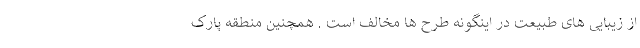
از زیبایی های طبیعت در اینگونه طرح ها مخالف است . همچنین منطقه پارک